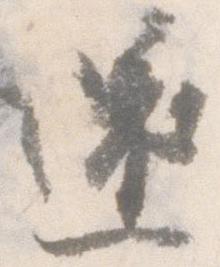
還